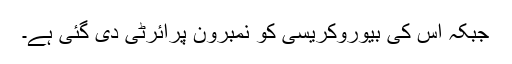
جبکہ اس کی بیوروکریسی کو نمبرون پرائرٹی دی گئی ہے۔